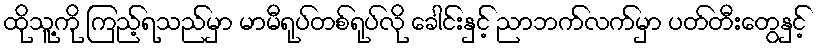
ထိုသူ့ကို ကြည့်ရသည်မှာ မာမီရုပ်တစ်ရုပ်လို ခေါင်းနှင့် ညာဘက်လက်မှာ ပတ်တီးတွေနှင့်